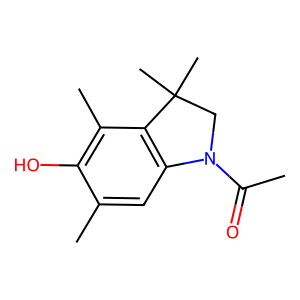
SMILES: CC(=O)N1CC(C)(C)c2c1cc(C)c(O)c2C
Inhibits HIV replication: No